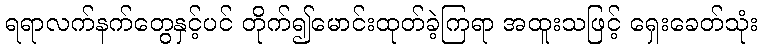
ရရာလက်နက်တွေနှင့်ပင် တိုက်၍မောင်းထုတ်ခဲ့ကြရာ အထူးသဖြင့် ရှေးခေတ်သုံး